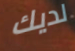
لديك